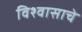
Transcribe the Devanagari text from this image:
विश्वासाचे